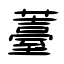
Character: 薹